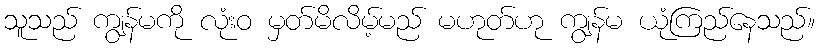
သူသည် ကျွန်မကို လုံးဝ မှတ်မိလိမ့်မည် မဟုတ်ဟု ကျွန်မ ယုံကြည်နေသည်။